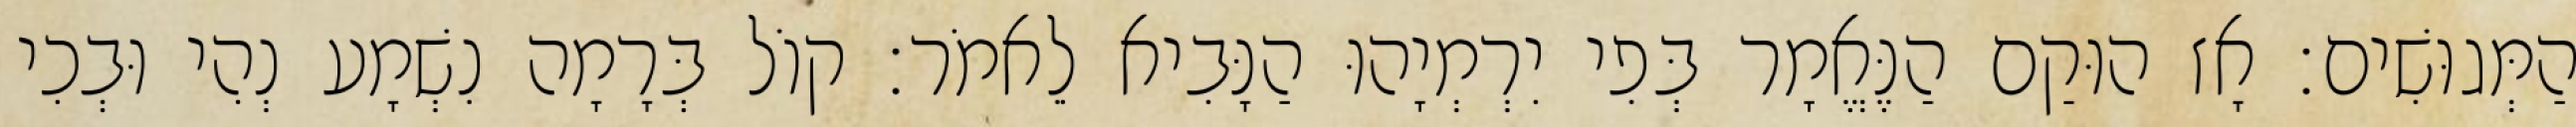
הַמְּגוּשִׁים׃ אָז הוּקַם הַנֶּאֱמָר בְּפִי יִרְמְיָהוּ הַנָּבִיא לֵאמֹר׃ קוֹל בְּרָמָה נִשְׁמָע נְהִי וּבְכִי